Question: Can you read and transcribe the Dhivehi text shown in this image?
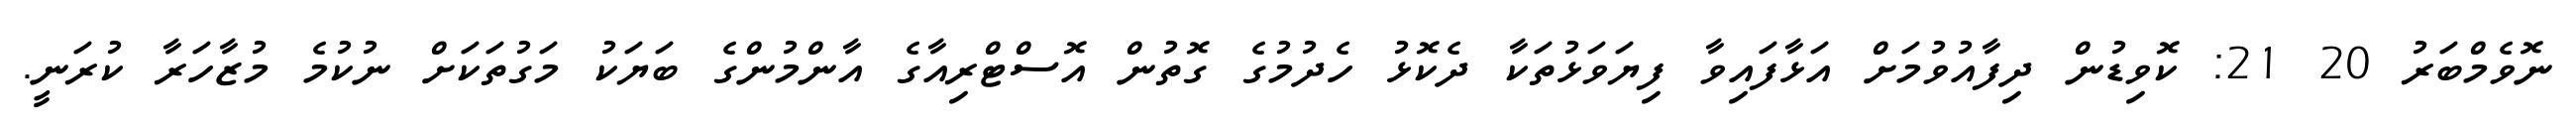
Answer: ނޮވެމްބަރު 20 21: ކޮވިޑުން ދިފާއުވުމަށް އަޅާފައިވާ ފިޔަވަޅުތަކާ ދެކޮޅު ހެދުމުގެ ގޮތުން އޮސްޓްރިއާގެ އާންމުންގެ ބަޔަކު މަގުތަކަށް ނުކުމެ މުޒާހަރާ ކުރަނީ.